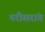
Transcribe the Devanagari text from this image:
परीसरांत